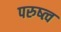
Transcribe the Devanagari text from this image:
परुष्त्व